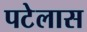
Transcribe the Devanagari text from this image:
पटेलास